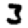
Digit: 3